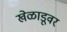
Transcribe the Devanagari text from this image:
खेळाडूवर